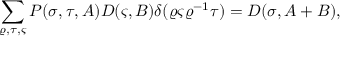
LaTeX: \sum _ { \varrho , \tau , \varsigma } P ( \sigma , \tau , A ) D ( \varsigma , B ) \delta ( \varrho \varsigma \varrho ^ { - 1 } \tau ) = D ( \sigma , A + B ) ,